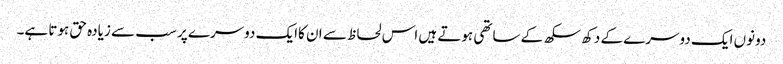
دونوں ایک دوسرے کے دکھ سکھ کے ساتھی ہوتے ہیں اس لحاظ سے ان کاایک دوسرے پر سب سے زیادہ حق ہوتا ہے۔